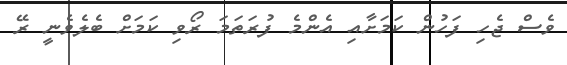
ވެސް ޖެހި ފަހުން ކަމަށާއި އެންމެ ފުރަތަމަ ރޯވި ކަމަށް ބެލެވެނީ ރޭ